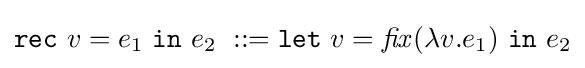
{\mathtt {rec}}\ v=e_{1}\ {\mathtt {in}}\ e_{2}\ ::={\mathtt {let}}\ v={\mathit {fix}}(\lambda v.e_{1})\ {\mathtt {in}}\ e_{2}